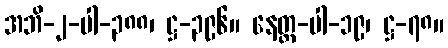
အဘိ-၂-ပါ-၃၈၈၊ ဋ္ဌ-၃၉၆။ နေတ္တ-ပါ-၁၉၊ ဋ္ဌ-၇၈။